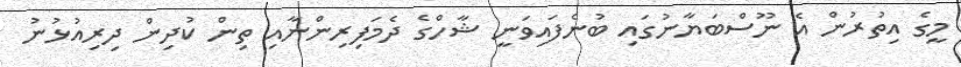
މީގެ އިތުރުން އެ ނޫސްބަޔާނުގައި ބުނެފައިވަނީ ޝާހްގެ ދެމަފިރިންނާއި ތިން ކުދިން ދިރިއުޅުނު